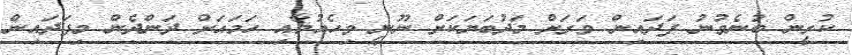
ކުރީން ބުނެވުނު ފަދަައިން ވަރަށް މަދުބަޔަކަށް ނޫނީ ވިހެއުމާއި ހަމައަށް ދަންދެން މިފަދައިން